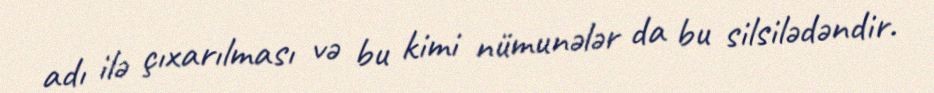
adı ilə çıxarılması və bu kimi nümunələr da bu silsilədəndir.